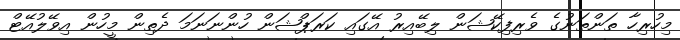
މިހުރިހާ ތަންތަނުގެ ވެރިފިކޭޝަން ލިބޭއިރު އޭގައި ކަރަޕްޝަން ހުންނަނަމަ ދެތިން މީހުން އިވޭލުއޭޓް